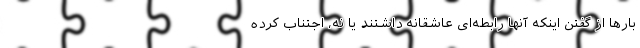
بارها از گفتن اینکه آنها رابطه‌ای عاشقانه داشتند یا نه، اجتناب کرده